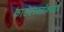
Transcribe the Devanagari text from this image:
काउंटरक्लॉकवाइज़